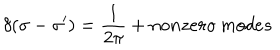
\delta ( \sigma - \sigma ^ { \prime } ) = \frac { 1 } { 2 \pi } + n o n z e r o \: m o d e s